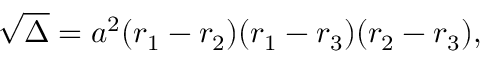
{ \sqrt { \Delta } } = a ^ { 2 } ( r _ { 1 } - r _ { 2 } ) ( r _ { 1 } - r _ { 3 } ) ( r _ { 2 } - r _ { 3 } ) ,